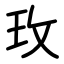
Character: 玫